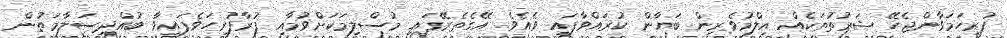
ފުރިހަމަވާންޖެހޭ ޝަރުތުތަކެއް އިލްމުވެރިން ބަޔާން ކުރައްވާފައި ވެއެވެ. އޭގެތެރޭގައި މުސްލިމަކަށްވުމާއި ފުރާފުރިހަވެފައިވާ ބުއްދިސަލާމަތުން